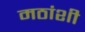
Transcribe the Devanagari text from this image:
मठांशी